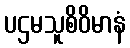
ပဌမသူစိဝိမာနံ